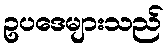
ဥပဒေများသည်